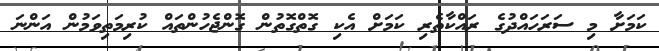
ކަމަށާ މި ސަރަހައްދުގެ ރައްކާތެރި ކަމަށް އެކި ގޮތްގޮތުން ގޮންޖެހުންތައް ކުރިމަތިވަމުން އަންނަ